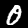
Label: 0